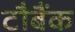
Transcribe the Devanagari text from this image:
टौबैंक